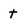
Character: T